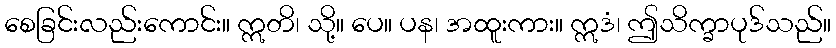
စေခြင်းလည်းကောင်း။ ဣတိ၊ သို့။ ပေ။ ပန၊ အထူးကား။ ဣဒံ၊ ဤသိက္ခာပုဒ်သည်။